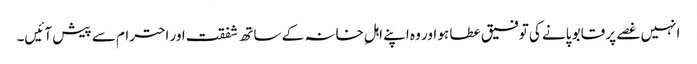
انہیں غصے پر قابو پانے کی توفیق عطا ہو اور وہ اپنے اہلِ خانہ کے ساتھ شفقت اور احترام سے پیش آئیں۔